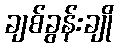
ချစ်ခွန်းချို